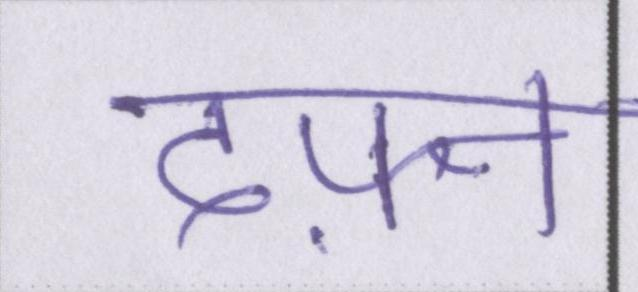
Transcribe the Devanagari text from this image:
दफ़्न